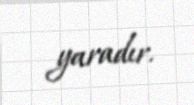
yaradır.